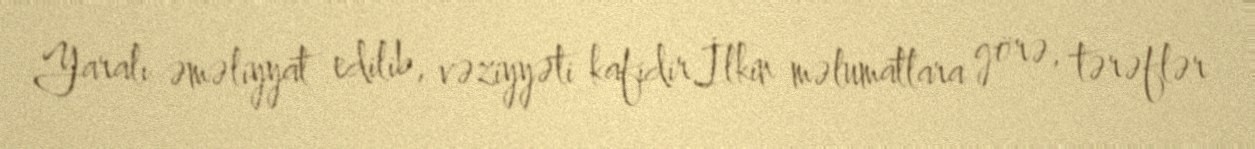
Yaralı əməliyyat edilib, vəziyyəti kafidir.İlkin məlumatlara görə, tərəflər